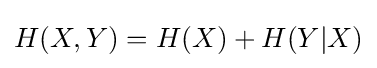
H(X,Y)=H(X)+H(Y|X)